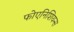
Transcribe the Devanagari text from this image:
फोएनिशियन्स